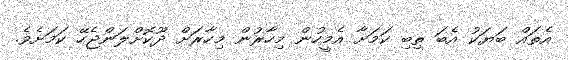
އެތައް ބަޔަކު އެބަ ތިބި ކަމަށާ އެމީހުން މިހާރުން މިހާރަށް ދޫކޮށްލަންޖެހޭ ކަމަށެވެ.